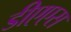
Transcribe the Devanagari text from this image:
डीएएस